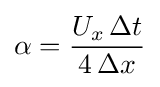
\alpha ={\frac {U_{x}\,\Delta t}{4\,\Delta x}}